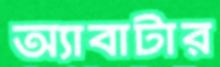
অ্যাবাটার